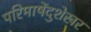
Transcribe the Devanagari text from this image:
परिमाषेंदुशेखर